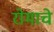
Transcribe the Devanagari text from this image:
रोमाचे